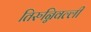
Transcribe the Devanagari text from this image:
तिरुन्निवल्ली